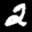
Label: 2